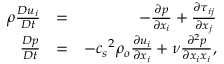
\begin{array} { r l r } { \rho \frac { D u _ { i } } { D t } } & { = } & { - \frac { \partial p } { \partial x _ { i } } + \frac { \partial \tau _ { i j } } { \partial x _ { j } } } \\ { \frac { D p } { D t } } & { = } & { - { c _ { s } } ^ { 2 } \rho _ { o } \frac { \partial u _ { i } } { \partial x _ { i } } + \nu \frac { \partial ^ { 2 } p } { \partial x _ { i } x _ { i } } , } \end{array}